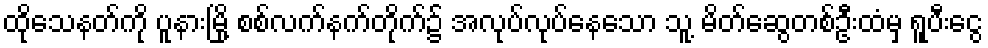
ထိုသေနတ်ကို ပူနားမြို့ စစ်လက်နက်တိုက်၌ အလုပ်လုပ်နေသော သူ့ မိတ်ဆွေတစ်ဦးထံမှ ရူပီးငွေ